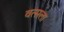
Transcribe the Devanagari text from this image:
वत्‍सला